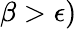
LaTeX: \beta>\epsilon)